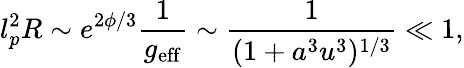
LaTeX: l_{p}^{2}R\sim e^{2\phi/3}\frac{1}{g_{\mathrm{eff}}}\sim\frac{1}{(1+a^{3}u^{3})^{1/3}}\ll 1,